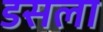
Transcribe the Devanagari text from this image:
डसला